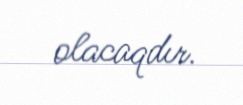
olacaqdır.